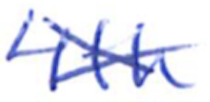
Text: 4th
Cross-out: cross
Writing tool: ballpoint